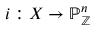
i : X \to \mathbb { P } _ { \mathbb { Z } } ^ { n }